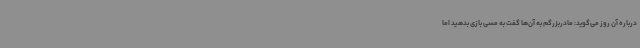
درباره آن روز می‌گوید: مادربزرگم به آن‌ها گفت به مسی بازی بدهید اما